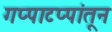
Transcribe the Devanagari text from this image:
गप्पाटप्पांतून